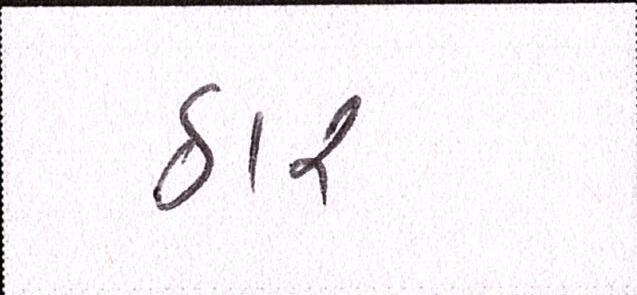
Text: ઠાર